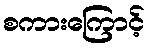
စကားကြောင့်